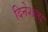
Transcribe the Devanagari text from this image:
दिनेशला